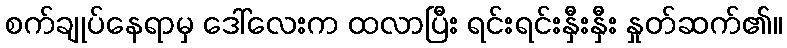
စက်ချုပ်နေရာမှ ဒေါ်လေးက ထလာပြီး ရင်းရင်းနှီးနှီး နှုတ်ဆက်၏။